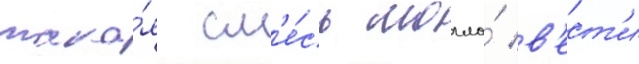
така́я см'е́сь могла́ в'ест'и